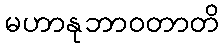
မဟာနုဘာဝတာတိ